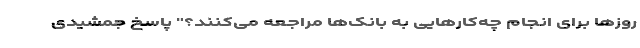
روزها برای انجام چه‌کارهایی به بانک‌ها مراجعه می‌کنند؟" پاسخ جمشیدی